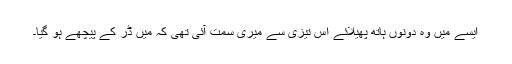
ایسے میں وہ دونوں ہاتھ پھیلائے اس تیزی سے میری سمت آئی تھی کہ میں ڈر کے پیچھے ہو گیا۔